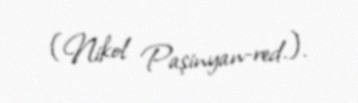
(Nikol Paşinyan-red.).